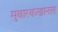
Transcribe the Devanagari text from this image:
मुबारकखानात